Etiology and epidemiology of plague
Disease focus: Plague
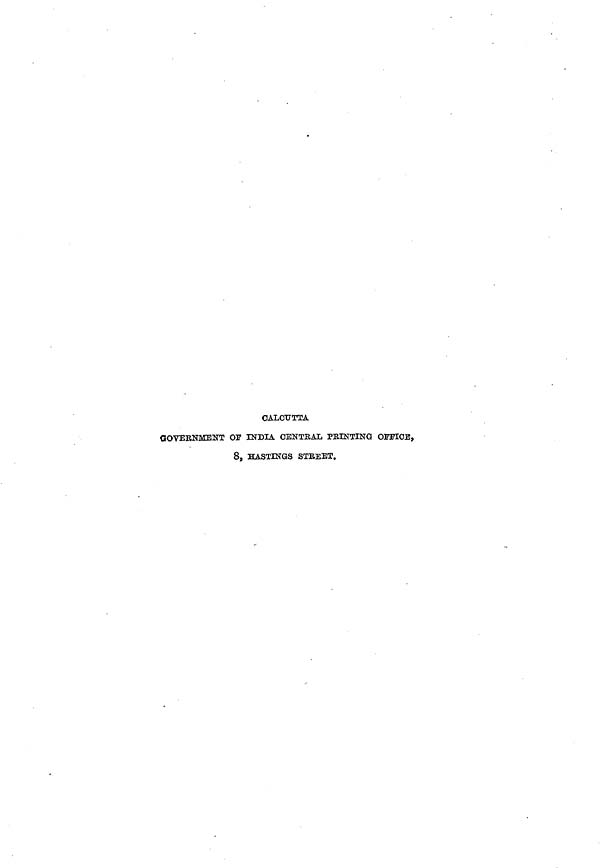
CALCUTTA
GOVEENMENT OF INDIA CENTEAL PRINTING OFFICE,
8, HASTINGS STREET.